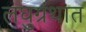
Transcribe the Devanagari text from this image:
लघुग्रंथात